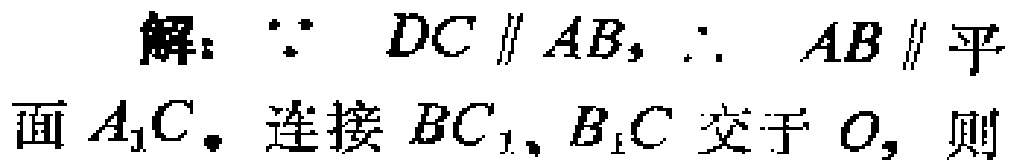
解：\(\because DC\parallel AB,\therefore AB\parallel 平面A_{1}C。连接BC_{1}、B_{1}C交于O,则\)